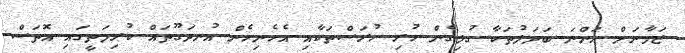
ޒަމާނަށް އަންނަ ބަދަލުތަކާ ގުޅިގެން ހުރި ހުރަސްތަކާއި އެހެނިހެން އުނދަގޫތައް ކުރިމަތީގައި އޮތަސް